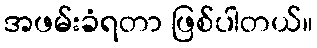
အဖမ်းခံရတာ ဖြစ်ပါတယ်။